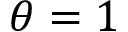
\theta = 1